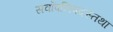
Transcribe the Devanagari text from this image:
सर्वोपनिषदस्तथा